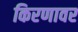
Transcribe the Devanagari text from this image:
किरणावर